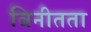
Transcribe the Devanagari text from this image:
विनीतता